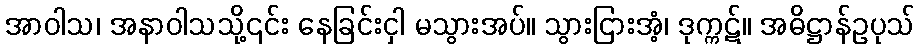
အာဝါသ၊ အနာဝါသသို့၎င်း နေခြင်းငှါ မသွားအပ်။ သွားငြားအံ့၊ ဒုက္ကဋ်။ အဓိဋ္ဌာန်ဥပုသ်